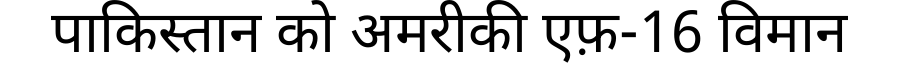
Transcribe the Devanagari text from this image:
पाकिस्तान को अमरीकी एफ़-16 विमान